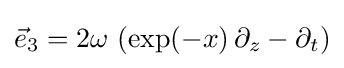
{\vec {e}}_{3}=2\omega \,\left(\exp(-x)\,\partial _{z}-\partial _{t}\right)